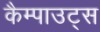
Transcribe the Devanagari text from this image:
कैम्पाउट्स